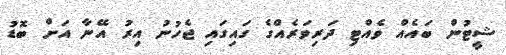
ޝީޓުން ބައެއް ވެއްޓި ދަރިވަރެއްގެ ގައިގައި ޖެހުނު އިރު އޭނާ އަށް ބޮޑު